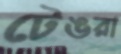
টেঙরা